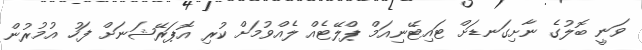
ވަނީ ބޮލުގެ ނާށިގަނޑަށް ޓައިޓޭނިއަމް ޕްލޭޓެއް ލެއްވުމަށް ކުރި އޮޕަރޭޝަނަށް ފަހު އުމުރުން